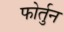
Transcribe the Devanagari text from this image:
फोर्तुन